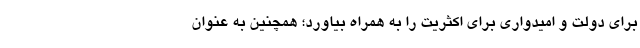
برای دولت و امیدواری برای اکثریت را به همراه بیاورد؛ همچنین به عنوان